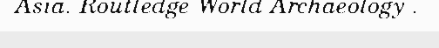
Asia. Routledge World Archaeology .